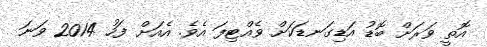
އޮތީ ވަރަށް ބޮޑު އަޑިގަނޑަކަށް ވެއްޓިފަ އެވެ. އެއަށް ފަހު 2014 ވަނަ